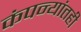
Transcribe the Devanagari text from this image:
कंपन्यांतही